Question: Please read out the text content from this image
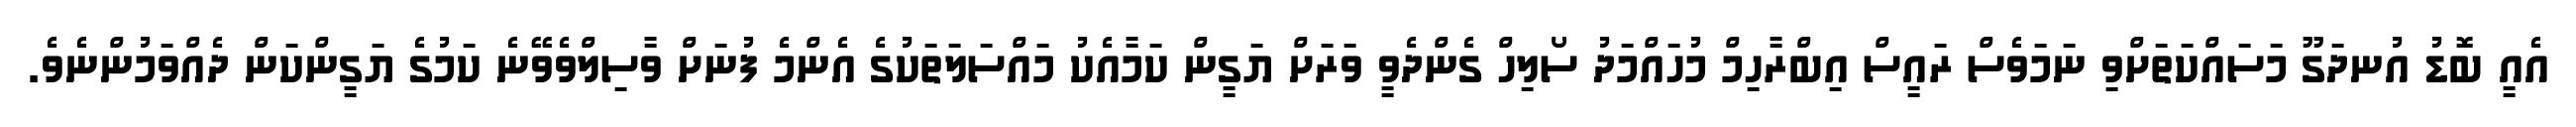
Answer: އެއީ ބޮޑު އުނދަގޫ މަސައްކަތަށްވި ނަމަވެސް ރައީސް އިބްރާހިމް މުހައްމަދު ސޯލިހް ގެންދެވީ ވަރަށް ޔަގީން ކަމާއެކު މައްސަލަތަކުގެ އެންމެ ފުނަށް ވާސިލްވެވޭނެ ކަމުގެ ޔަގީންކަން ދެއްވަމުންނެވެ.